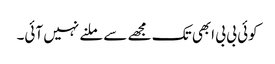
کوئی بی بی ابھی تک مجھے سے ملنے نہیں آئی۔